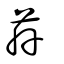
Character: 茻